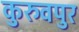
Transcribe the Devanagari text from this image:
कुरुवपुर